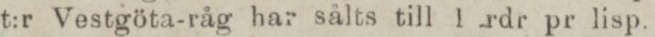
t:r Vestgöta-råg har sålts till 1 rdr pr lisp.